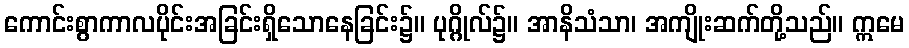
ကောင်းစွာကာလပိုင်းအခြင်းရှိသောနေခြင်း၌။ ပုဂ္ဂိုလ်၌။ အာနိသံသာ၊ အကျိုးဆက်တို့သည်။ ဣမေ